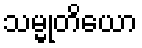
သမ္မုတိယော